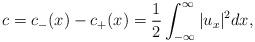
LaTeX: \begin{align*}c=c_-(x) - c_+(x) = \frac{1}{2}\int_{-\infty}^\infty |u_x |^2dx,\end{align*}